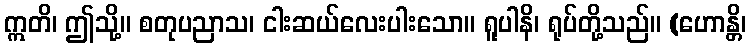
ဣတိ၊ ဤသို့။ စတုပညာသ၊ ငါးဆယ်လေးပါးသော။ ရူပါနိ၊ ရုပ်တို့သည်။ (ဟောန္တိ၊